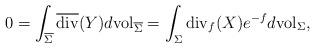
LaTeX: \begin{align*}0=\int_{\overline{\Sigma}}\overline{\mathrm{div}}(Y)d\mathrm{vol}_{\overline{\Sigma}}=\int_\Sigma \mathrm{div}_f(X)e^{-f}d\mathrm{vol}_\Sigma, \end{align*}